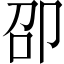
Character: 卲